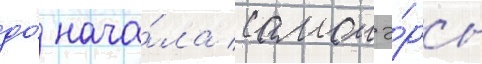
до́ нача́ла самои э́ры